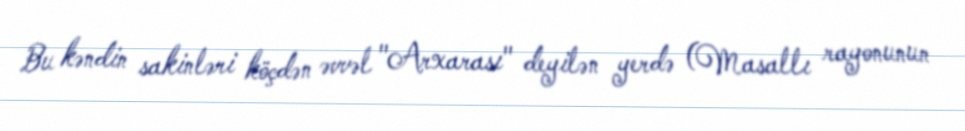
Bu kəndin sakinləri köçdən əvvəl "Arxarası" deyilən yerdə (Masallı rayonunun